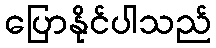
ပြောနိုင်ပါသည်